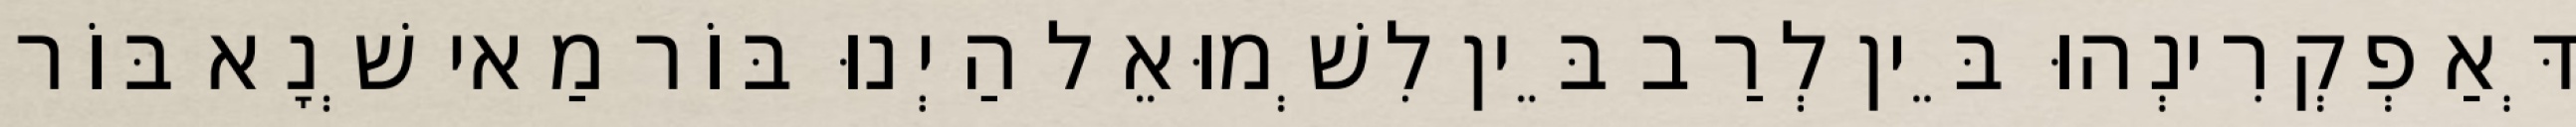
דְּאַפְקְרִינְהוּ בֵּין לְרַב בֵּין לִשְׁמוּאֵל הַיְנוּ בּוֹר מַאי שְׁנָא בּוֹר